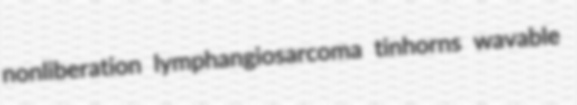
nonliberation lymphangiosarcoma tinhorns wavable